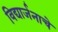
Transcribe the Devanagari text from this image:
विद्यार्जनाचे